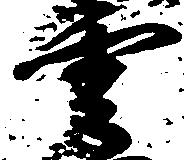
雲